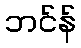
ဘင်န်